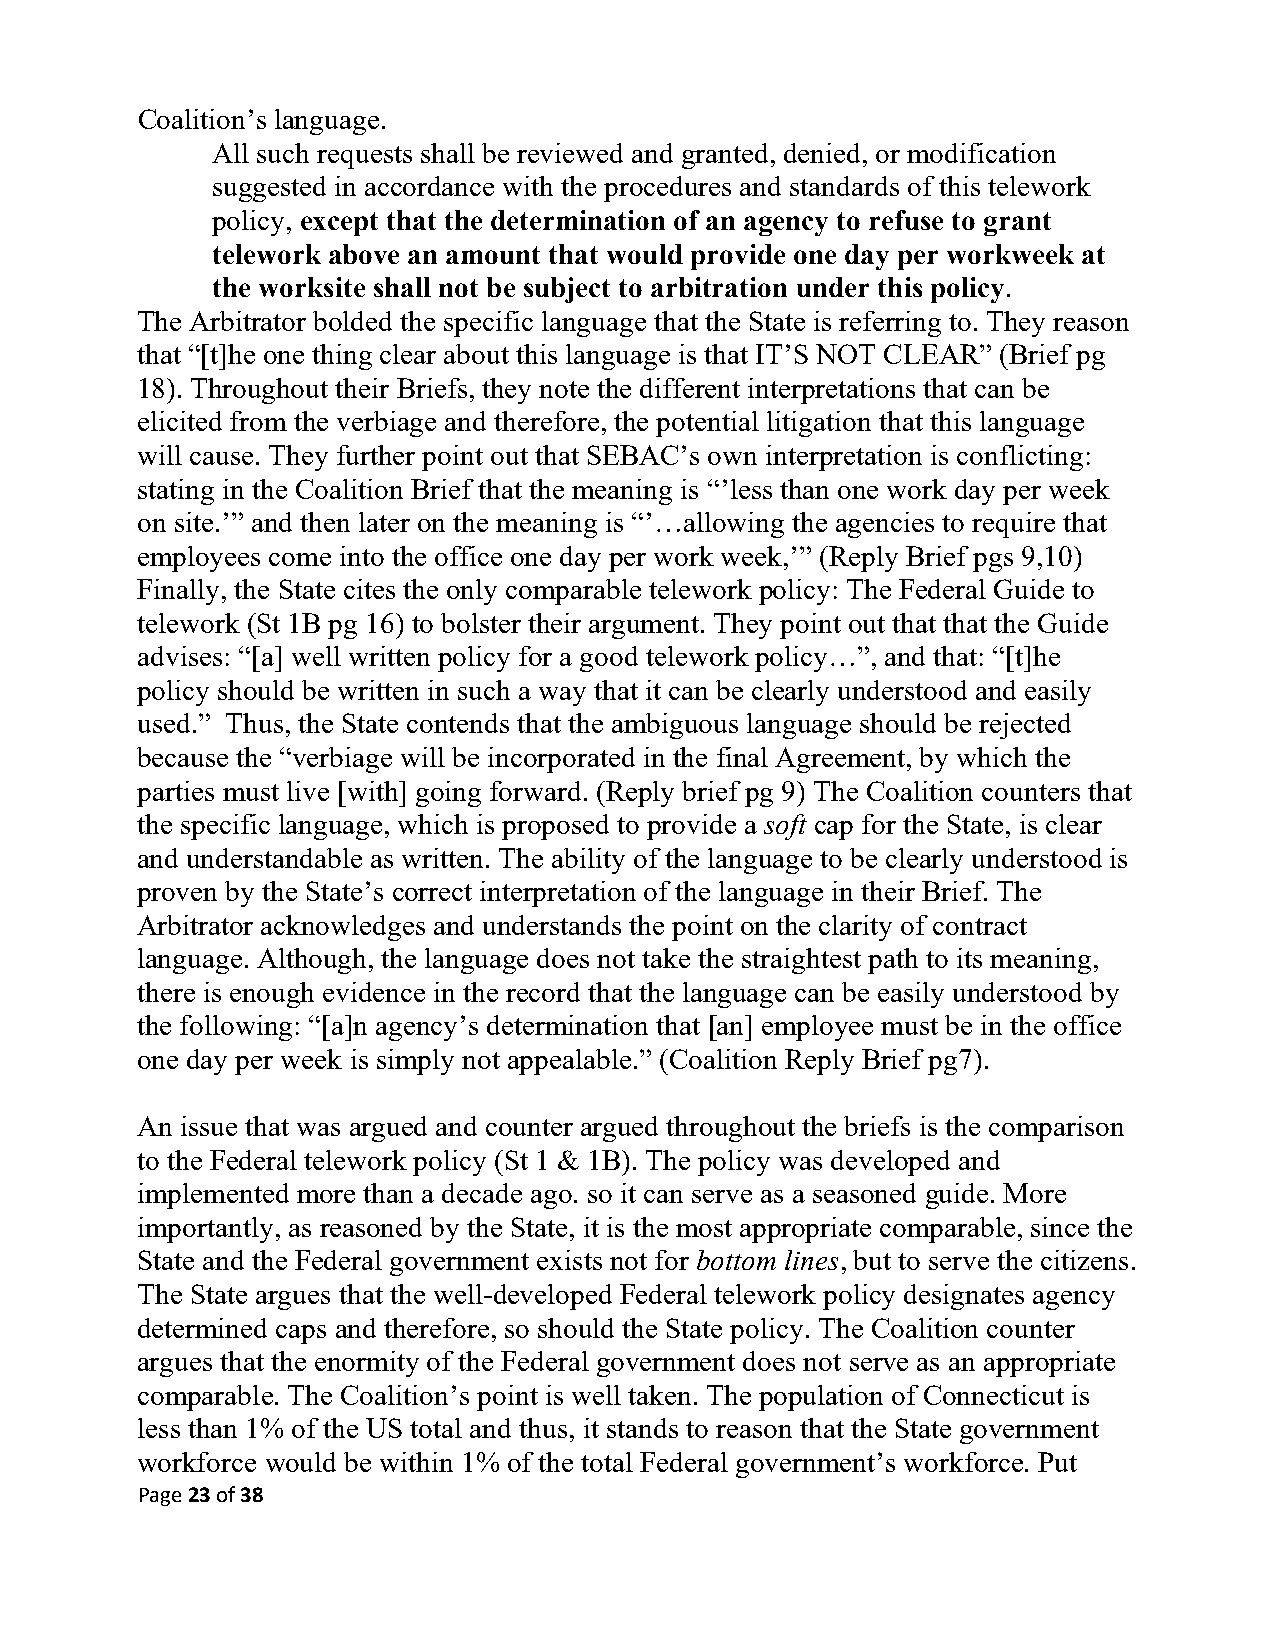
Coalition’s language.
 All such requests shall be reviewed and granted, denied, or modification
 suggested in accordance with the procedures and standards of this telework
 policy, except that the determination of an agency to refuse to grant
 telework above an amount that would provide one day per workweek at
 the worksite shall not be subject to arbitration under this policy.
 The Arbitrator bolded the specific language that the State is referring to. They reason
 that “[t]he one thing clear about this language is that IT’S NOT CLEAR” (Brief pg
 18). Throughout their Briefs, they note the different interpretations that can be
 elicited from the verbiage and therefore, the potential litigation that this language
 will cause. They further point out that SEBAC’s own interpretation is conflicting:
 stating in the Coalition Brief that the meaning is “’less than one work day per week
 on site.’” and then later on the meaning is “’…allowing the agencies to require that
 employees come into the office one day per work week,’” (Reply Brief pgs 9,10)
 Finally, the State cites the only comparable telework policy: The Federal Guide to
 telework (St 1B pg 16) to bolster their argument. They point out that that the Guide
 advises: “[a] well written policy for a good telework policy…”, and that: “[t]he
 policy should be written in such a way that it can be clearly understood and easily
 used.” Thus, the State contends that the ambiguous language should be rejected
 because the “verbiage will be incorporated in the final Agreement, by which the
 parties must live [with] going forward. (Reply brief pg 9) The Coalition counters that
 the specific language, which is proposed to provide a soft cap for the State, is clear
 and understandable as written. The ability of the language to be clearly understood is
 proven by the State’s correct interpretation of the language in their Brief. The
 Arbitrator acknowledges and understands the point on the clarity of contract
 language. Although, the language does not take the straightest path to its meaning,
 there is enough evidence in the record that the language can be easily understood by
 the following: “[a]n agency’s determination that [an] employee must be in the office
 one day per week is simply not appealable.” (Coalition Reply Brief pg7).
 An issue that was argued and counter argued throughout the briefs is the comparison
 to the Federal telework policy (St 1 & 1B). The policy was developed and
 implemented more than a decade ago. so it can serve as a seasoned guide. More
 importantly, as reasoned by the State, it is the most appropriate comparable, since the
 State and the Federal government exists not for bottom lines, but to serve the citizens.
 The State argues that the well-developed Federal telework policy designates agency
 determined caps and therefore, so should the State policy. The Coalition counter
 argues that the enormity of the Federal government does not serve as an appropriate
 comparable. The Coalition’s point is well taken. The population of Connecticut is
 less than 1% of the US total and thus, it stands to reason that the State government
 workforce would be within 1% of the total Federal government’s workforce. Put
 Page 23 of 38